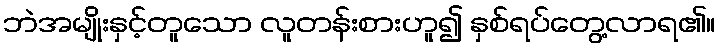
ဘဲအမျိုးနှင့်တူသော လူတန်းစားဟူ၍ နှစ်ရပ်တွေ့လာရ၏။